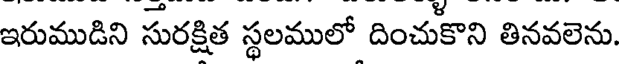
ఇరుముడిని సురక్షిత స్థలములో దించుకొని తినవలెను.